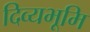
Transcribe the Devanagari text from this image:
दिव्यभूमि